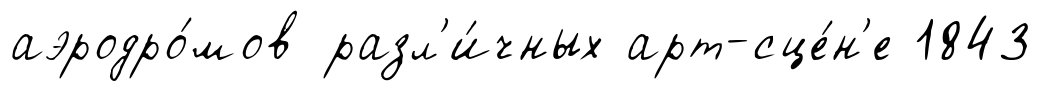
аэродро́мов разл'и́чных арт-сце́н'е 1843